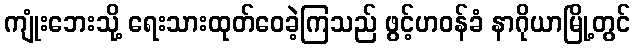
ကျုံးဘေးသို့ ရေးသားထုတ်ဝေခဲ့ကြသည် ဖွင့်ဟဝန်ခံ နာဂိုယာမြို့တွင်